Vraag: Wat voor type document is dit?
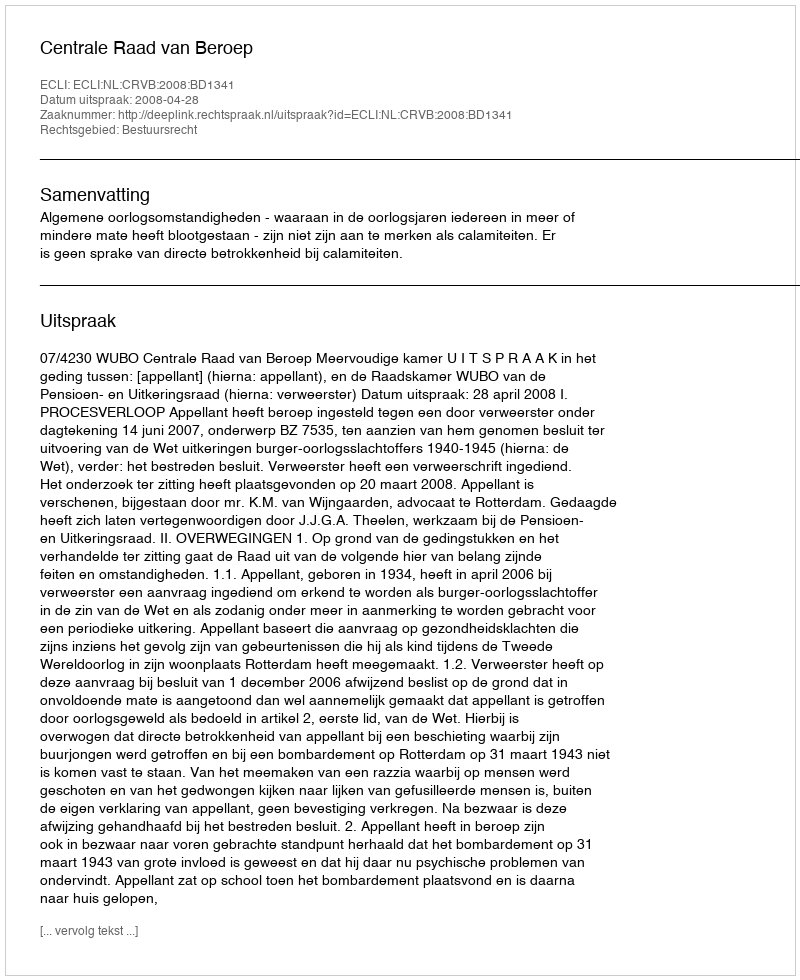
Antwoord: Uitspraak